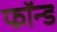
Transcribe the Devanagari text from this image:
फॉन्ड